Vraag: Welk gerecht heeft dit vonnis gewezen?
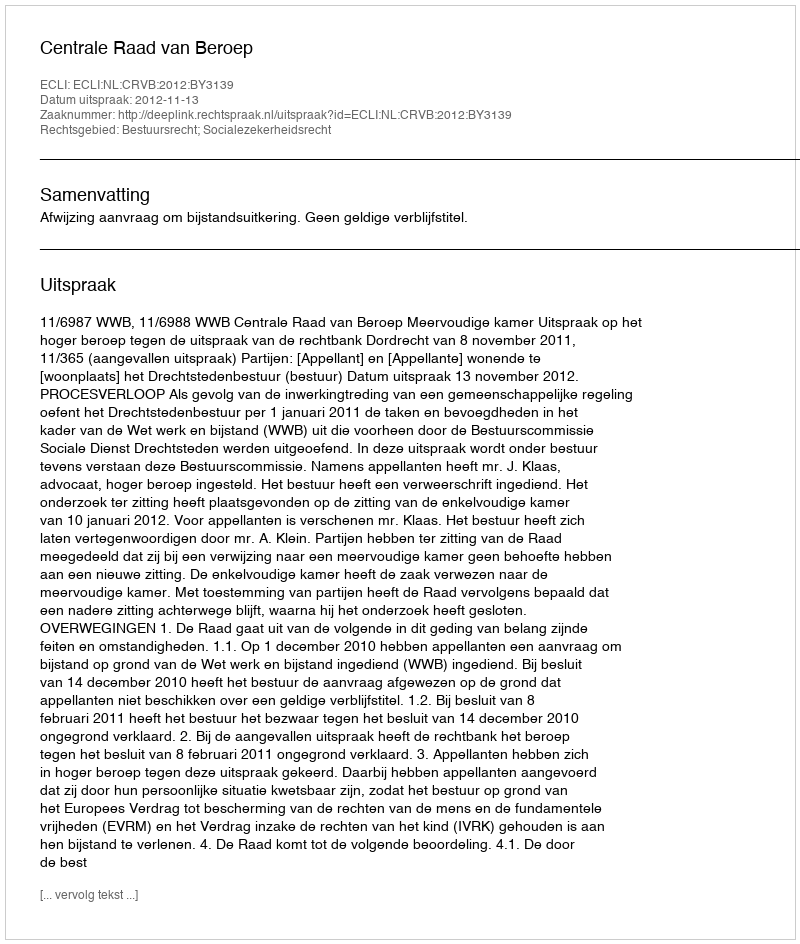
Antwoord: Centrale Raad van Beroep